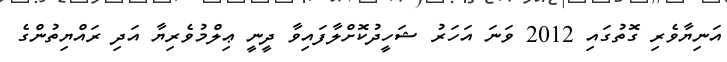
އަނިޔާވެރި ގޮތުގައި 2012 ވަނަ އަހަރު ޝަހީދުކޮށްލާފައިވާ ދީނީ ޢިލްމުވެރިޔާ އަދި ރައްޔިތުންގެ